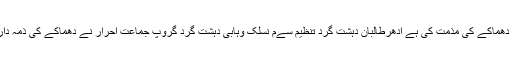
پاکستانی حکام نے دھماکے کی مذمت کی ہے ادھرطالبان دہشت گرد تنظیم سےم نسلک وہابی دہشت گرد گروپ جماعت احرار نے دھماکے کی ذمہ داری قبول کرلی ہے۔